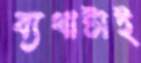
ব্যথাটাই